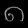
Digit: ၈